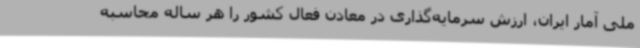
ملی آمار ایران، ارزش سرمایه‌گذاری در معادن فعال کشور را هر ساله محاسبه